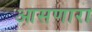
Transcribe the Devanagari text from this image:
आसणारा